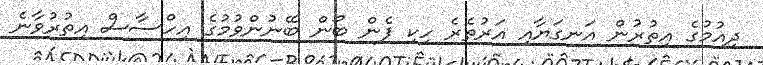
ދިއުމުގެ އިތުރުން އަނގަޔާއި އަރުތެރެ ހިކި ފެން ބޯން ބޭނުންވުމުގެ އިހްސާސް އިތުރުވާނެ